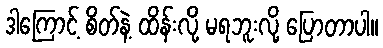
ဒါကြောင့် စိတ်နဲ့ ထိန်းလို့ မရဘူးလို့ ပြောတာပါ။